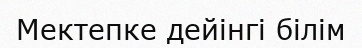
Мектепке дейінгі білім